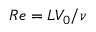
R e = L V _ { 0 } / \nu